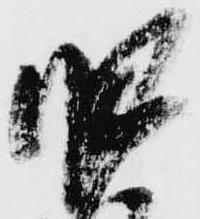
肥